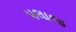
પલાજ